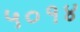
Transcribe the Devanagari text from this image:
५०१४